Report on vaccination North-West Frontier Province 1904-1922 - 1904-1922
Year: 1904
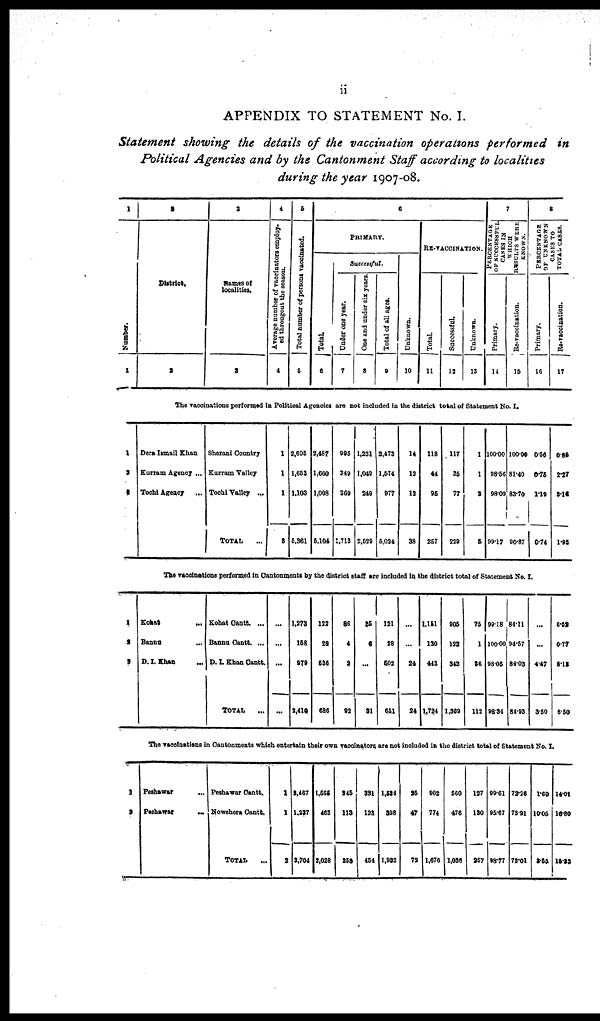
ii
APPENDIX TO STATEMENT No. I.
Statement showing the details of the vaccination operations performed in
Political Agencies and by the Cantonment Staff according to localities
during the year 1907-08.
1
Number.
1
2
District.
2
3
Names of
localities.
3
4
Average number of vaccinators employ-
ed througout the season.
4
5
Total number of persons vaccinated.
5
6
PRIMARY.
Total.
6
Successful.
Under one year.
7
One and under six years.
8
Total of all ages.
9
Unknown.
10
RE-VACCINATION.
Total.
11
Successful.
12
Unknown.
13
7
PERCENTAGE
OF SUCCESSFUL
CASES IN
WHICH
RESULTS WERE
KNOWN.
Primary.
14
Re-vaccination.
15
8
PERCENTAGE
OF UNKNOWN
CASES TO
TOTAL CASES.
Primary.
16
Re-vaccination.
17
The vaccinations performed in Political Agencies are not included in the district total of Statement No. I.
1
2
3
Dera Ismail Khan
Kurram Agency ...
Tochi Agency
...
Sherani Country
Kurram Valley
Tochi Valley ...
TOTAL ...
1
1
1
3
2,605
1,653
1,103
5,361
2,487
1,600
1,008
5,104
995
349
369
1,713
1,231
1,049
249
2,529
2,473
1,574
977
5,024
14
12
12
38
118
44
95
257
117
35
77
229
1
1
3
5
100.00
98.56
98.09
99.17
100.00
81.40
83.70
90.87
0.56
0.75
1.19
0.74
0.85
2.27
3.16
1.95
The vaccinations performed in Cantonments by the district staff are included in the district total of Statement No. I.
1
2
3
Kohat ...
Bannu
...
D. I. Khan
...
Kohat Cantt. ...
Bannu Cantt. ...
D. I. Khan Cantt.
TOTAL ...
...
...
...
...
1,273
158
279
2,410
122
28
536
686
86
4
2
92
25
6
...
31
121
28
502
651
...
...
24
24
1,151
130
443
1,724
905
122
342
1,369
75
1
36
112
99.18
100.00
98.05
98.34
84.11
94.57
84.03
34.93
...
...
4.47
3.50
6.52
0.77
8.13
6.50
The vaccinations in Cantonments which entertain their own vaccinators, are not included in the district total of Statement No. I.
1
2
Peshawar ...
Peshawar
...
Peshawar Cantt.
Nowshera Cantt.
TOTAL ...
1
1
2
2,467
1,237
3,704
1,565
463
2,028
245
113
358
331
123
454
1,534
398
1,932
25
47
72
902
774
1,676
560
476
1,036
127
130
267
99.61
95.67
98.77
72.26
73.91
73.01
1.60
10.05
2.55
14.01
16.80
13.23